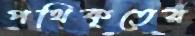
পথিকৃতের